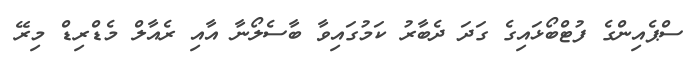
ސްޕެއިންގެ ފުޓްބޯޅައިގެ ގަދަ ދެބާރު ކަމުގައިވާ ބާސެލޯނާ އާއި ރެއާލް މެޑްރިޑް މިރޭ